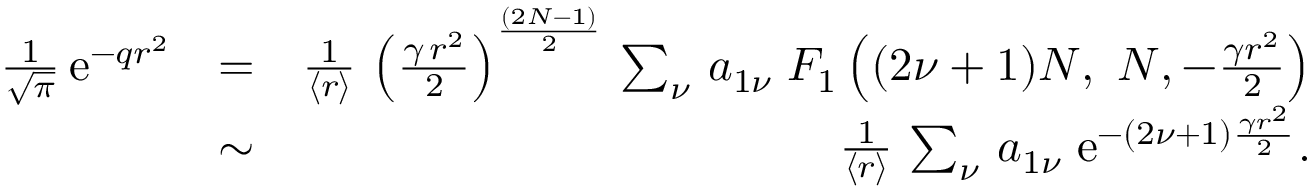
\begin{array} { r l r } { { \frac { 1 } { \sqrt { \pi } } } \, \mathrm { e } ^ { - q r ^ { 2 } } } & { = } & { { \frac { 1 } { \langle r \rangle } } \, \left( { \frac { \gamma \, r ^ { 2 } } { 2 } } \right) ^ { \frac { ( 2 N - 1 ) } { 2 } } \, \sum _ { \nu } \, a _ { 1 \nu } \; F _ { 1 } \left( ( 2 \nu + 1 ) N , \ N , - \frac { \gamma r ^ { 2 } } { 2 } \right) } \\ & { \sim } & { { \frac { 1 } { \langle r \rangle } } \, \sum _ { \nu } \, a _ { 1 \nu } \; \mathrm { e } ^ { - ( 2 \nu + 1 ) \frac { \gamma r ^ { 2 } } { 2 } } . } \end{array}